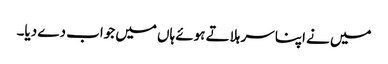
میں نے اپنا سر ہلاتے ہوئے ہاں میں جواب دے دیا۔